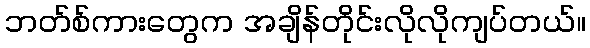
ဘတ်စ်ကားတွေက အချိန်တိုင်းလိုလိုကျပ်တယ်။